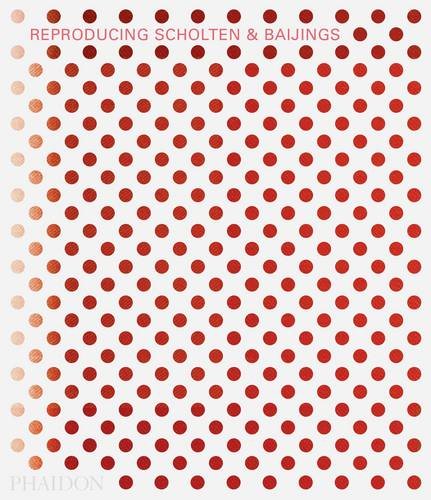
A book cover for Reproducing Scholten & Baijings; Louise Schouwenberg; Arts & Photography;